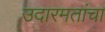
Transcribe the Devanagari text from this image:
उदारमतांचा